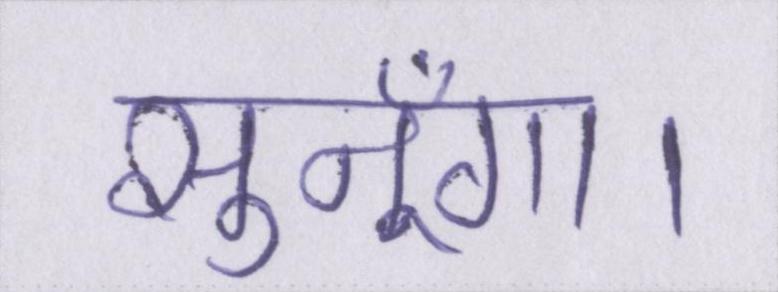
सुनूँगा।